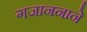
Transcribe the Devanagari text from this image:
गजाननाने